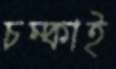
চম্‌কাই